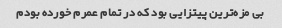
بی مزه‌ترین پیتزایی بود که در تمام عمرم خورده بودم